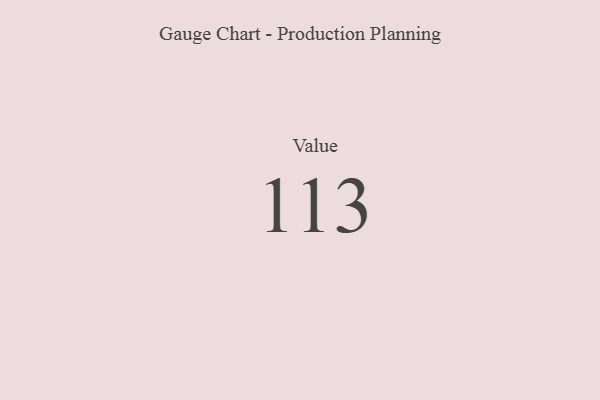
{"axis": {"x": "Metric", "y": "Value"}, "legend": [""], "data": [{"x": "Value", "y": 113, "type": ""}]}